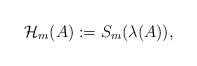
LaTeX: \begin{align*} \mathcal{ H}_m(A):=S_m(\lambda(A)),\end{align*}